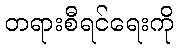
တရားစီရင်ရေးကို